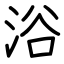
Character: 浴